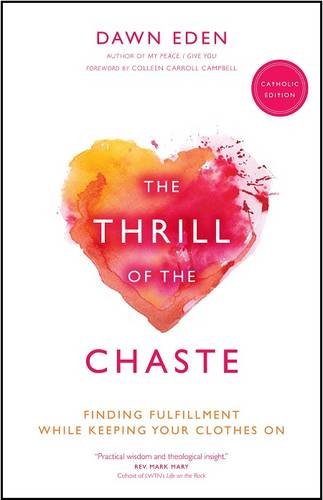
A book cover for The Thrill of the Chaste (Catholic Edition): Finding Fulfillment While Keeping Your Clothes On; Dawn Eden; Religion & Spirituality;